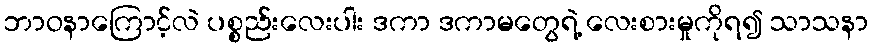
ဘာဝနာကြောင့်လဲ ပစ္စည်းလေးပါး ဒကာ ဒကာမတွေရဲ့ လေးစားမှုကိုရ၍ သာသနာ